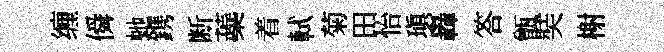
缠僢虵鎸断蘃着軾菊田怡瑱轟答甑奘榭